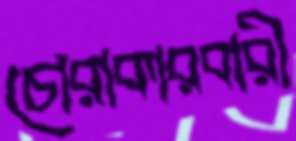
চোরাকারবারী